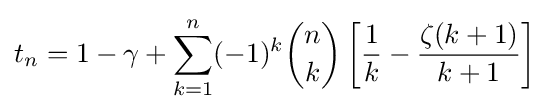
t_{n}=1-\gamma +\sum _{k=1}^{n}(-1)^{k}{n \choose k}\left[{\frac {1}{k}}-{\frac {\zeta (k+1)}{k+1}}\right]